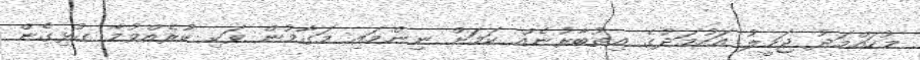
މުހައްމަދު ޖަމީލު އަހުމަދުގެ އިތުބާރުނެއް ކަމަށް ނިންމައި މަގާމުން ވަކި ކުރެއްވުމާ ގުޅިގެން